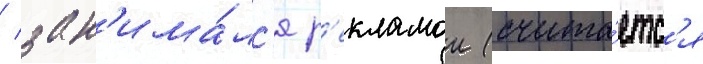
/ зан'има́лс'я р'екламои (счита́етс'я